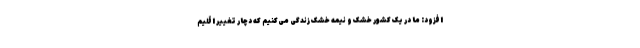
افزود: ما در یک کشور خشک و نیمه خشک زندگی می‌کنیم که دچار تغییر اقلیم